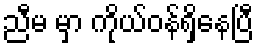
ညီမ မှာ ကိုယ်ဝန်ရှိနေပြီ